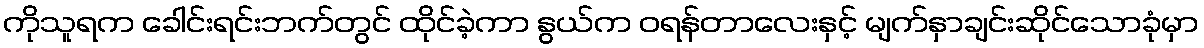
ကိုသူရက ခေါင်းရင်းဘက်တွင် ထိုင်ခဲ့ကာ နွယ်က ဝရန်တာလေးနှင့် မျက်နှာချင်းဆိုင်သောခုံမှာ